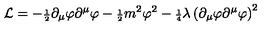
{ \cal L } = - { \scriptstyle \frac { 1 } { 2 } } \partial _ { \mu } \varphi \partial ^ { \mu } \varphi - { \scriptstyle \frac { 1 } { 2 } } m ^ { 2 } \varphi ^ { 2 } - { \scriptstyle \frac { 1 } { 4 } } \lambda \left( \partial _ { \mu } \varphi \partial ^ { \mu } \varphi \right) ^ { 2 }